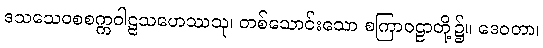
ဒသသေဝစစက္ကဝါဠသဟေဿသု၊ တစ်သောင်းသော စကြာဝဠာတို့၌။ ဒေဝတာ၊